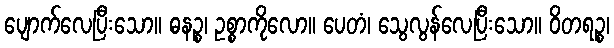
ပျောက်လေပြီးသော။ ဓနဉ္စ၊ ဥစ္စာကိုလော။ ပေတံ၊ သွေလွန်လေပြီးသော။ ဝိတရဉ္စ၊